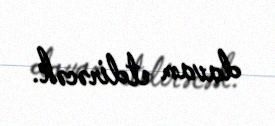
davam etdirəcək.